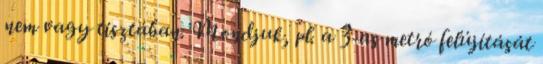
nem vagy tisztában. Mondjuk, pl. a 3-as metró felújítását